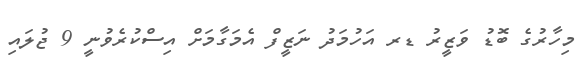
މިހާރުގެ ބޮޑު ވަޒީރު ޑރ އަހުމަދު ނަޒީފް އެމަގާމަށް އިސްކުރެވުނީ 9 ޖުލައި